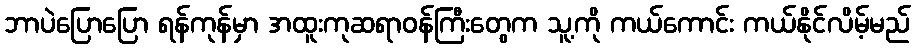
ဘာပဲပြောပြော ရန်ကုန်မှာ အထူးကုဆရာဝန်ကြီးတွေက သူ့ကို ကယ်ကောင်း ကယ်နိုင်လိမ့်မည်